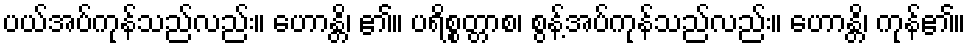
ပယ်အပ်ကုန်သည်လည်း။ ဟောန္တိ၊ ၏။ ပရိစ္စတ္တာစ၊ စွန့်အပ်ကုန်သည်လည်း။ ဟောန္တိ၊ ကုန်၏။